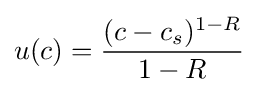
u(c)={\frac {(c-c_{s})^{1-R}}{1-R}}